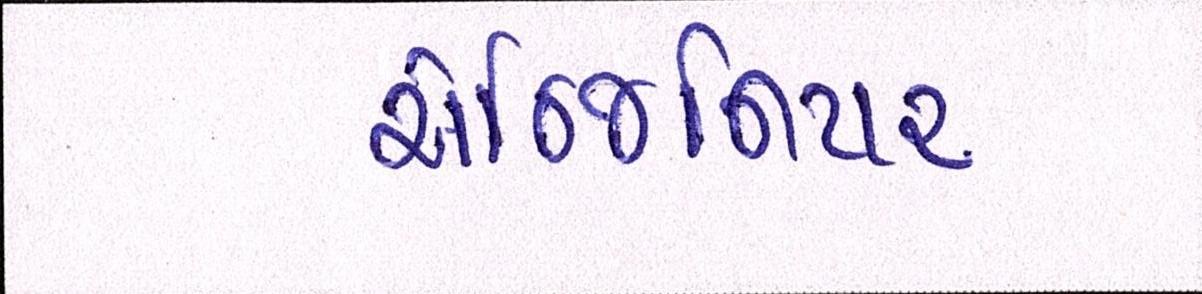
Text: એન્જિનિયર